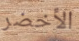
الأخضر